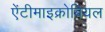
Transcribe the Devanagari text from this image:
ऐंटीमाइक्रोबियल